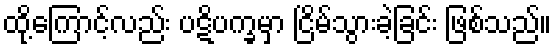
ထို့ကြောင့်လည်း ပဋိပက္ခမှာ ငြိမ်သွားခဲ့ခြင်း ဖြစ်သည်။